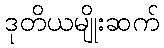
ဒုတိယမျိုးဆက်